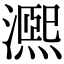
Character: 𤀠